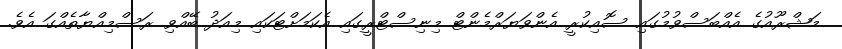
މަޝްރޫއުގެ އެއްބަސްވުމުގައި ސޮއިކުރީ އެންވަޔަރްމެންޓް މިނިސްޓްރީގައި އެކަމަށްޓަކައި މިއަދު ބޭއްވި ރަސްމިއްޔާތެއްގަ އެވެ.